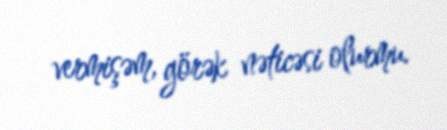
vermişəm, görək nəticəsi olurmu.